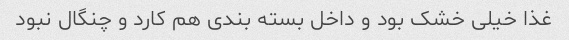
غذا خیلی خشک بود و داخل بسته بندی هم کارد و چنگال نبود